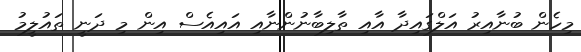
މިހެން ބުނާއިރު އަލްގައިދާ އާއި ތާލިބާނުންނާއި އައިއެސް އިން މި ދަނީ ތައުލީމު